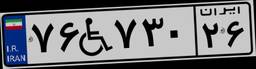
۰۵W۶۱۶۳۱